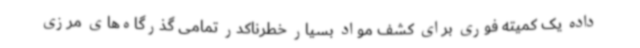
داده یک کمیته فوری برای کشف مواد بسیار خطرناکدر تمامی گذرگاه‌های مرزی